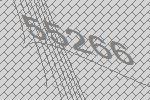
55266